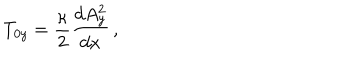
LaTeX: T _ { 0 y } = { \frac { \kappa } { 2 } } { \frac { d A _ { y } ^ { 2 } } { d x } } \, ,